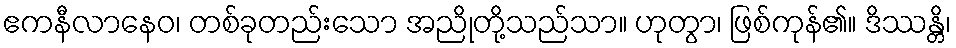
ဧကနီလာနေဝ၊ တစ်ခုတည်းသော အညိုတို့သည်သာ။ ဟုတွာ၊ ဖြစ်ကုန်၏။ ဒိဿန္တိ၊